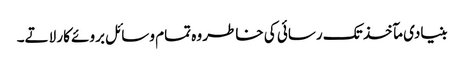
بنیادی مآخذ تک رسائی کی خاطر وہ تمام وسائل بروئے کار لاتے۔